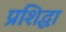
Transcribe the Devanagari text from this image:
प्रशिद्धा